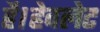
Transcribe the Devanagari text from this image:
है।हेवलेट